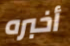
أخبره